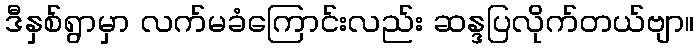
ဒီနှစ်ရွာမှာ လက်မခံကြောင်းလည်း ဆန္ဒပြလိုက်တယ်ဗျာ။